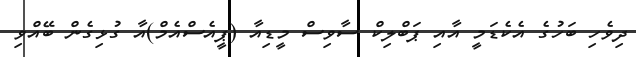
ދިވެހި ބަހުގެ އެކެޑަމީ އާއި ޕަބްލިކް ސާވިސް މީޑިއާ (ޕީއެސްއެމް)އާ ގުޅިގެން ބޭއްވި